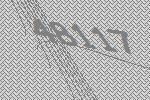
48117